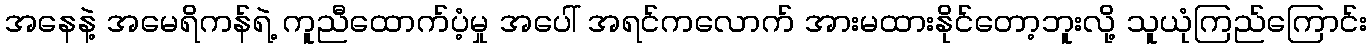
အနေနဲ့ အမေရိကန်ရဲ့ ကူညီထောက်ပံ့မှု အပေါ် အရင်ကလောက် အားမထားနိုင်တော့ဘူးလို့ သူယုံကြည်ကြောင်း